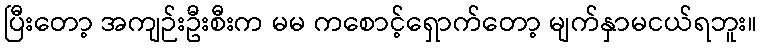
ပြီးတော့ အကျဉ်းဦးစီးက မမ ကစောင့်ရှောက်တော့ မျက်နှာမငယ်ရဘူး။